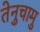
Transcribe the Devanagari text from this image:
तेनुचामु